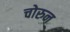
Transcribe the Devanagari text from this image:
चोरुन